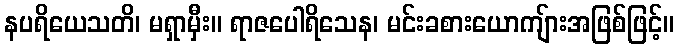
နပရိယေသတိ၊ မရှာမှီး။ ရာဇပေါရိသေန၊ မင်းခစားယောကျ်ားအဖြစ်ဖြင့်။